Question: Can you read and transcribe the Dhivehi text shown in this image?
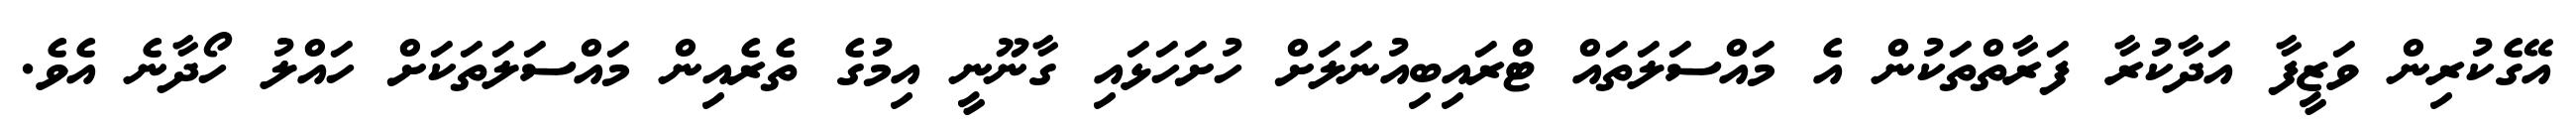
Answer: އޭގެކުރިން ވަޒީފާ އަދާކުރާ ފަރާތްތަކުން އެ މައްސަލަތައް ޓްރައިބިއުނަލަށް ހުށަހަޅައި ގާނޫނީ އިމުގެ ތެރެއިން މައްސަލަތަކަށް ހައްލު ހޯދާނެ އެވެ.